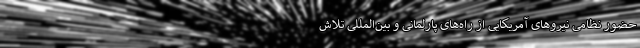
حضور نظامی نیروهای آمریکایی از راه‌های پارلمانی و بین‌المللی تلاش